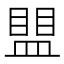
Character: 𰥀